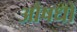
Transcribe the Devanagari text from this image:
औषधो